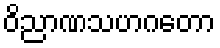
ဝိညာဏသဟဂတော